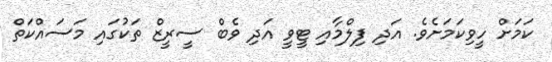
ކަމަށް ހީވިކަމަށެވެ. އަދި ފިލްމާއި ޓީވީ އަދި ވެބް ސީރީޒް ތަކުގައި މަސައްކަތް